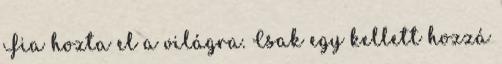
Fia hozta el a világra. Csak egy kellett hozzá